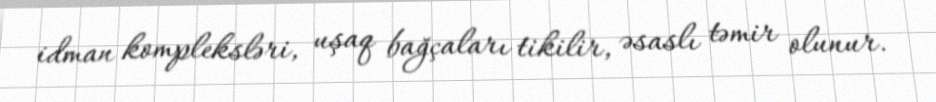
idman kompleksləri, uşaq bağçaları tikilir, əsaslı təmir olunur.